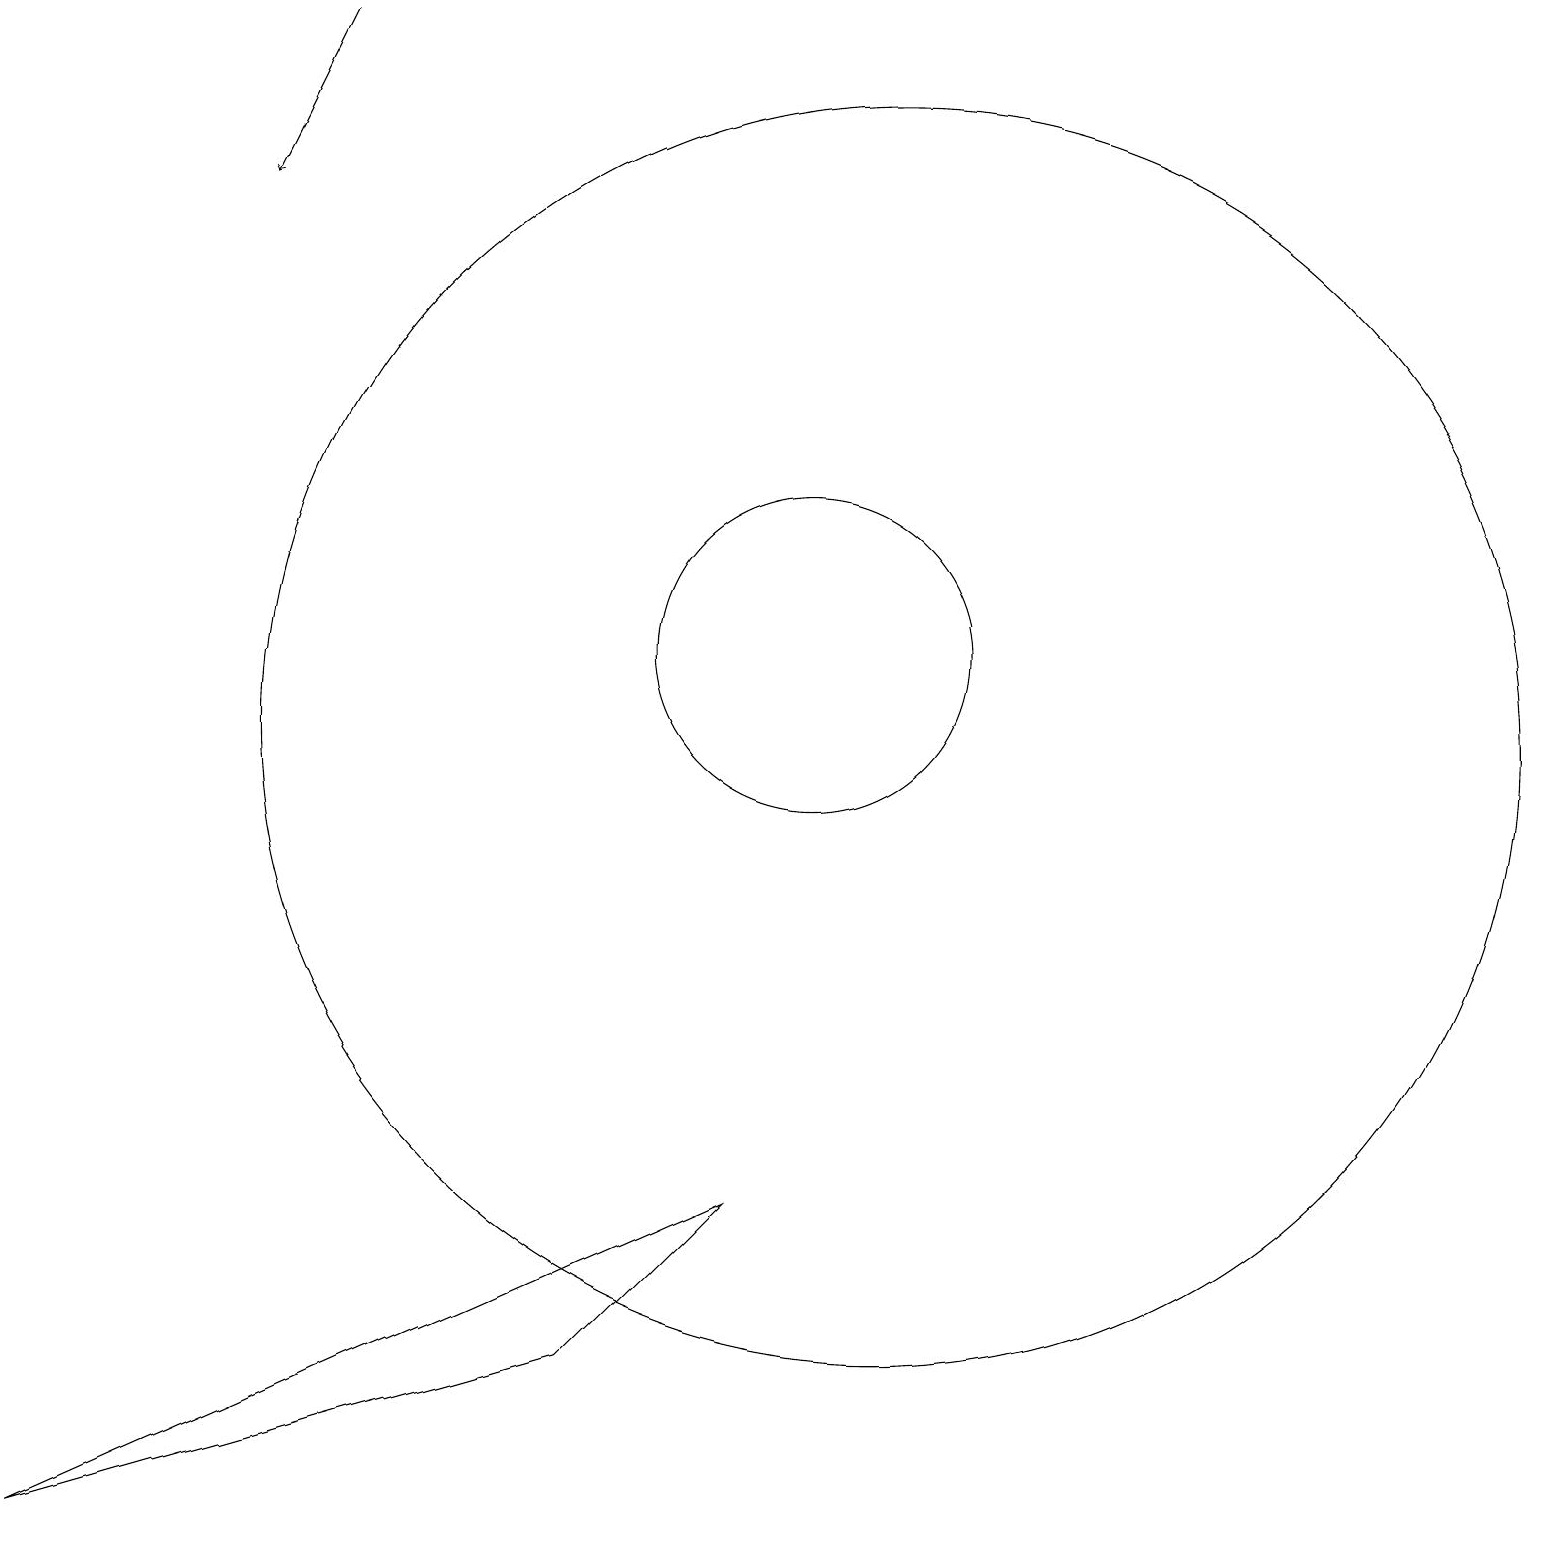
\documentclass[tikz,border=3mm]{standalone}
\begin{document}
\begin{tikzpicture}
\draw (10,11) circle (2);
\draw[->] (4,19) -- (3,17);
\draw (9,4) -- (7,2) -- (0,0) -- cycle;
\draw (11,10) circle (8);
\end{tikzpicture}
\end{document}